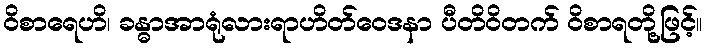
ဝိစာရေဟိ၊ ခန္ဓာအာရုံလားရာဟိတ်ဝေဒနာ ပီတိဝိတက် ဝိစာရတို့ဖြင့်။